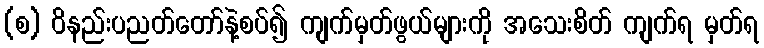
(စ) ဝိနည်းပညတ်တော်နဲ့စပ်၍ ကျက်မှတ်ဖွယ်များကို အသေးစိတ် ကျက်ရ မှတ်ရ